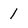
Character: 1